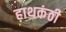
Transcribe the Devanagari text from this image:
हाथकंठी